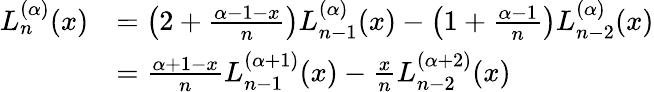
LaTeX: {\begin{array}{rl}{L_{n}^{(\alpha)}(x)}&{=\left(2+{\frac{\alpha-1-x}{n}}\right)L_{n-1}^{(\alpha)}(x)-\left(1+{\frac{\alpha-1}{n}}\right)L_{n-2}^{(\alpha)}(x)}\\ &{={\frac{\alpha+1-x}{n}}L_{n-1}^{(\alpha+1)}(x)-{\frac{x}{n}}L_{n-2}^{(\alpha+2)}(x)}\end{array}}